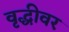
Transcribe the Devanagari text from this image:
वृद्धीवर